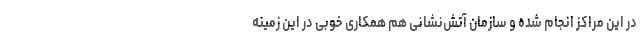
در این مراکز انجام شده و سازمان آتش‌نشانی هم همکاری خوبی در این زمینه